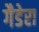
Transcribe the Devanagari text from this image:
गैडेरा